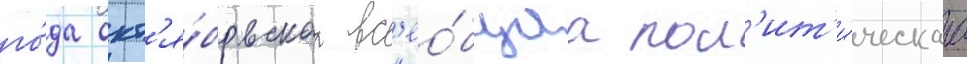
го́да окт'я́брьскаа вс'ео́бщаа пол'ит'и́ческаа